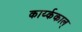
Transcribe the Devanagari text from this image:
कार्य्ककाल्